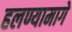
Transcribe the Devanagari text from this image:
हलण्यामागे